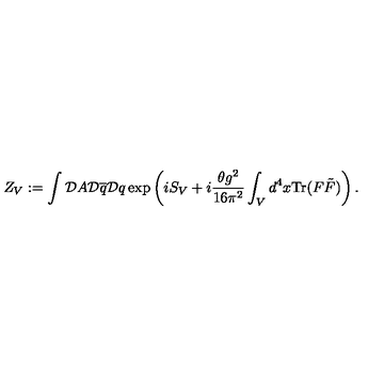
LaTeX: Z _ { V } : = \int { \cal D } A { \cal D } \overline { { q } } { \cal D } q \exp \left( i S _ { V } + i \frac { \theta g ^ { 2 } } { 1 6 \pi ^ { 2 } } \int _ { V } d ^ { 4 } x \mathrm { T r } ( F \tilde { F } ) \right) .